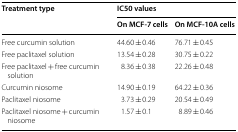
<table><thead><tr><td rowspan="2"><b>Treatment type</b></td><td colspan="2"><b>IC50 values</b></td></tr><tr><td><b>On MCF-7 cells</b></td><td><b>On MCF-10A cells</b></td></tr></thead><tbody><tr><td>Free curcumin solution</td><td>44.60 ± 0.46</td><td>76.71 ± 0.45</td></tr><tr><td>Free paclitaxel solution</td><td>13.54 ± 0.28</td><td>30.75 ± 0.22</td></tr><tr><td>Free paclitaxel + free curcumin solution</td><td>8.36 ± 0.38</td><td>22.26 ± 0.48</td></tr><tr><td>Curcumin niosome</td><td>14.90 ± 0.19</td><td>64.22 ± 0.36</td></tr><tr><td>Paclitaxel niosome</td><td>3.73 ± 0.29</td><td>20.54 ± 0.49</td></tr><tr><td>Paclitaxel niosome + curcumin niosome</td><td>1.57 ± 0.1</td><td>8.89 ± 0.46</td></tr></tbody></table>